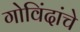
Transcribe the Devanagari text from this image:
गोविंदांचे